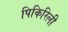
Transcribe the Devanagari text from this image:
पिकिरिली